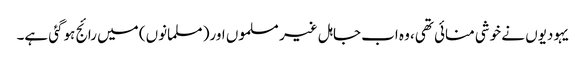
یہودیوں نے خوشی منائی تھی، وہ اب جاہل غیر مسلموں اور( مسلمانوں) میں رائج ہوگئی ہے۔